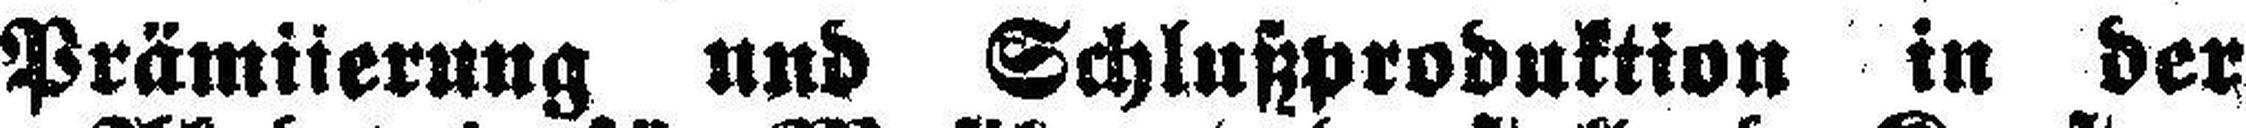
Prämiierung und Schlußproduktion in der